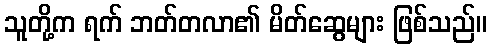
သူတို့က ရက် ဘတ်တလာ၏ မိတ်ဆွေများ ဖြစ်သည်။